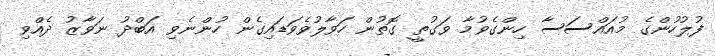
ފުލުހުންގެ މުއައްސަސާ ހިންގެވުމާ ވަގުތީ ގޮތުން ހަވާލުވެވަޑައިގެން ހުންނެވި އަބްދު ނަވާޒު ދެއްވި